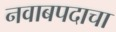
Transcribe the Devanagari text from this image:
नवाबपदाचा